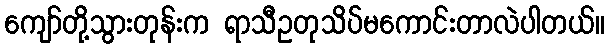
ကျော်တို့သွားတုန်းက ရာသီဥတုသိပ်မကောင်းတာလဲပါတယ်။